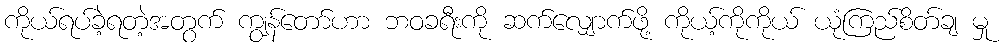
ကိုယ်ရပ်ခဲ့ရတဲ့အတွက် ကျွန်တော်ဟာ ဘဝခရီးကို ဆက်လျှောက်ဖို့ ကိုယ့်ကိုကိုယ် ယုံကြည်စိတ်ချ မှု